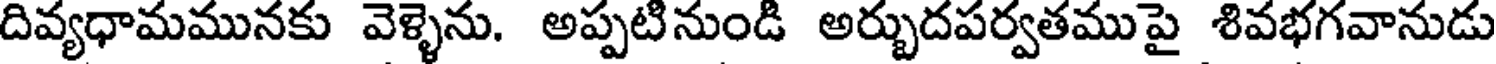
దివ్యధామమునకు వెళ్ళెను. అప్పటినుండి అర్బుదపర్వతముపై శివభగవానుడు